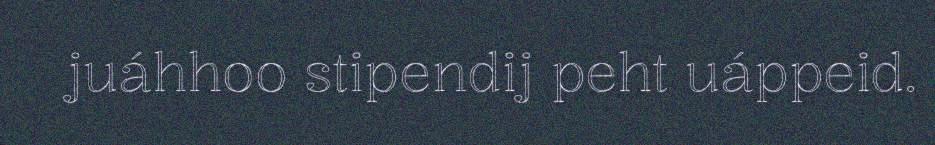
juáhhoo stipendij peht uáppeid.